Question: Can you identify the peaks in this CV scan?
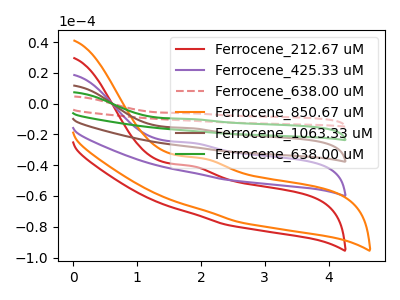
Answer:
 <answer>The red curve "Ferrocene_212.67 uM" has an anodic peak at: (1.85V, -40.50uA). The purple curve "Ferrocene_425.33 uM" has an anodic peak at: (1.85V, -25.45uA). The red dashed curve "Ferrocene_638.00 uM" has an anodic peak at: (1.85V, -101.85uA). The orange curve "Ferrocene_850.67 uM" has an anodic peak at: (2.00V, -35.50uA). The brown curve "Ferrocene_1063.33 uM" has an anodic peak at: (1.85V, -50.90uA). The green curve "Ferrocene_638.00 uM" has an anodic peak at: (1.85V, -76.40uA).</answer>
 <eval></eval>